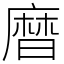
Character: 𪎗